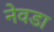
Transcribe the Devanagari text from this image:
नेवडा